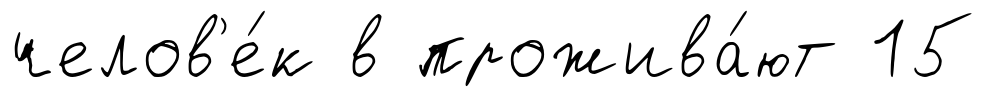
челов'е́к в прожива́ют 15